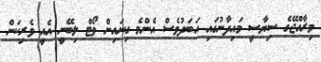
މިރާއްޖޭގެ ސިޔާސީ މައިދާނުގައި އަބަދުވެސް އެންމެ ގިނައިން ވޯޓް ލިބޭނީ އެއީ ވެރިކަން